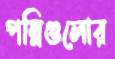
পল্লিগুলোর